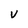
Character: v